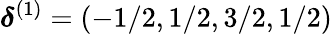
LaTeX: \boldsymbol{\delta}^{(1)}=(-1/2,1/2,3/2,1/2)